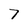
Character: 7